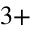
3 +